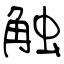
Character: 触